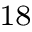
^ { 1 8 }